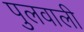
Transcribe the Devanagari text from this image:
पुलवाली